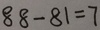
8 8 - 8 1 = 7